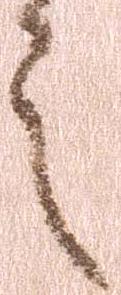
之